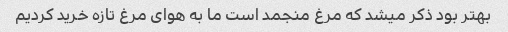
بهتر بود ذکر میشد که مرغ منجمد است ما به هوای مرغ تازه خرید کردیم